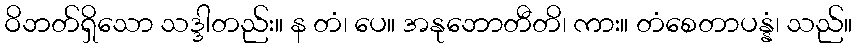
ဝိဘတ်ရှိသော သဒ္ဒါတည်း။ န တံ၊ ပေ။ အနုဘောတီတိ၊ ကား။ တံစေတာပန္နံ၊ သည်။